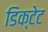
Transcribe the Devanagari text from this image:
डिक्टेट